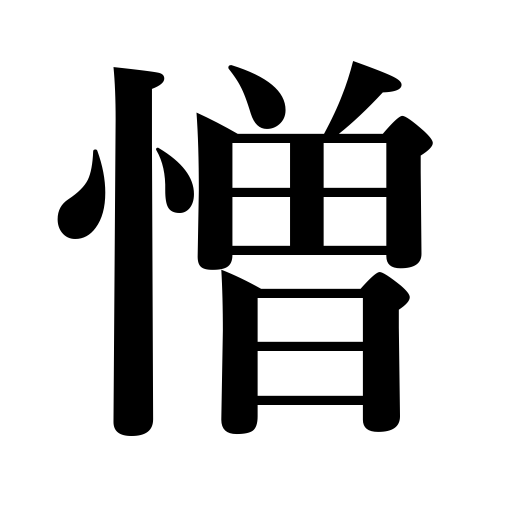
Meanings: poor-looking,enmity,hateful,abominable,detest,hate,provoking,hatred,horrible